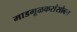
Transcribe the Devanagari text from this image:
माडगूळकरांसोबत